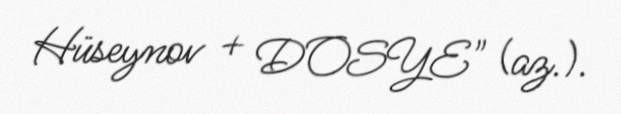
Hüseynov + DOSYE" (az.).